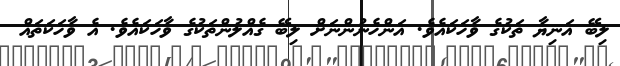
ލިބޭ އަނިޔާ ތަކުގެ ވާހަކައެވެ. އަންހެނުންނަށް ލިބޭ ގެއްލުންތަކުގެ ވާހަކައެވެ. އެ ވާހަކަތައް